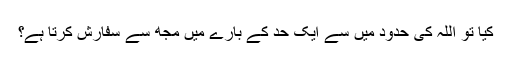
کیا تو اللہ کی حدود میں سے ایک حد کے بارے میں مجھ سے سفارش کرتا ہے؟